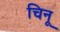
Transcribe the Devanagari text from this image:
चिनू